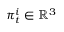
{ \boldsymbol { \pi } } _ { t } ^ { i } \in \mathbb { R } ^ { 3 }